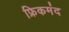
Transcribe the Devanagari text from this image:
फ्रिकमंद